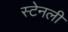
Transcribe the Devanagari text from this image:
स्‍टेनली